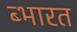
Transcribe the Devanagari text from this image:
ब्भारत